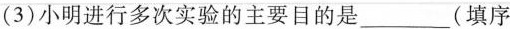
(3)小明进行多次实验的主要目的是_______(填序